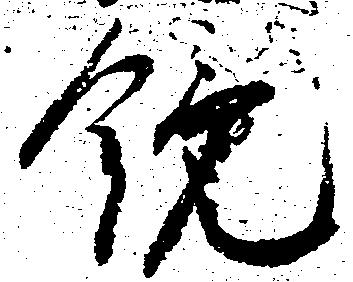
鏡